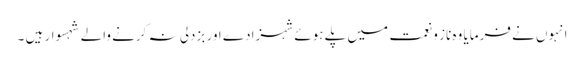
انہوں نے فرمایا وہ ناز و نعمت میں پلے ہوئے شہزادے اور بزدلی نہ کرنے والے شہسوار ہیں ۔